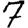
Digit: 7